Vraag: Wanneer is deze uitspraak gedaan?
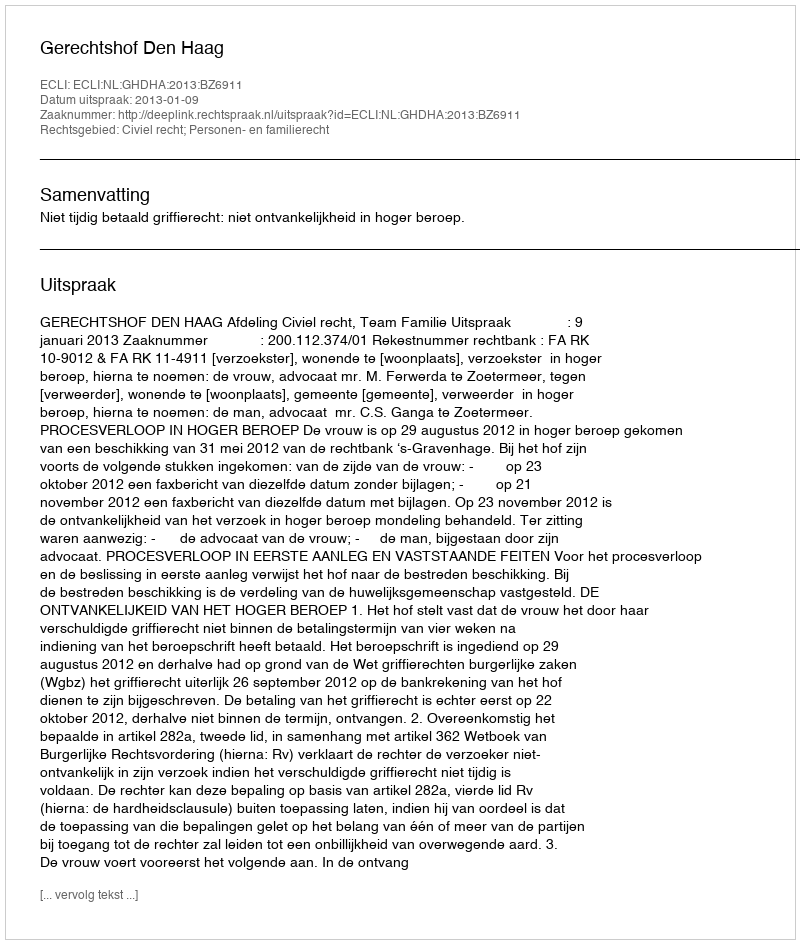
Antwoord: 2013-01-09